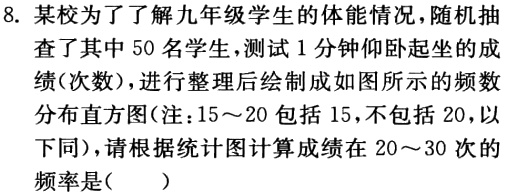
8. 某校为了了解九年级学生的体能情况，随机抽
查了其中50名学生，测试1分钟仰卧起坐的成
绩(次数)，进行整理后绘制成如图所示的频数
分布直方图(注：15～20 包括 15，不包括 20，以
下同)，请根据统计图计算成绩在20～30次的
频率是(  )